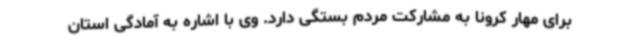
برای مهار کرونا به مشارکت مردم بستگی دارد. وی با اشاره به آمادگی استان